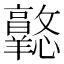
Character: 𢥦